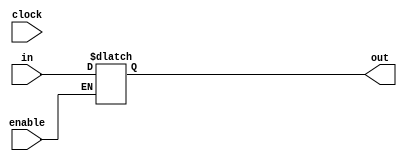
module Register_En( 
    clock,
    enable,
    in,
    out
    );

    input clock;
    input enable;
    input [31:0] in;
    output  [31:0] out;
    
    reg [31:0] out;
    initial begin 
        out = 0; 
    end 
    
    always @ (clock) begin
        if (enable ==1'b1)
            out <= in;  
    end 
        
endmodule